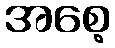
အစေ့